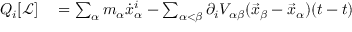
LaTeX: \begin{array} { r l } { Q _ { i } [ { \mathcal { L } } ] } & { { } = \sum _ { \alpha } m _ { \alpha } { \dot { x } } _ { \alpha } ^ { i } - \sum _ { \alpha < \beta } \partial _ { i } V _ { \alpha \beta } ( { \vec { x } } _ { \beta } - { \vec { x } } _ { \alpha } ) ( t - t ) } \end{array}